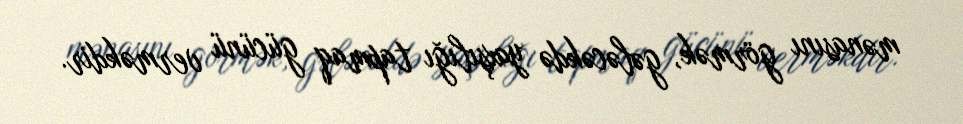
mənasını görmək, gələcəkdə yaxşılığı tapmaq gücünü verməkdir.